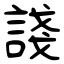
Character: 諓